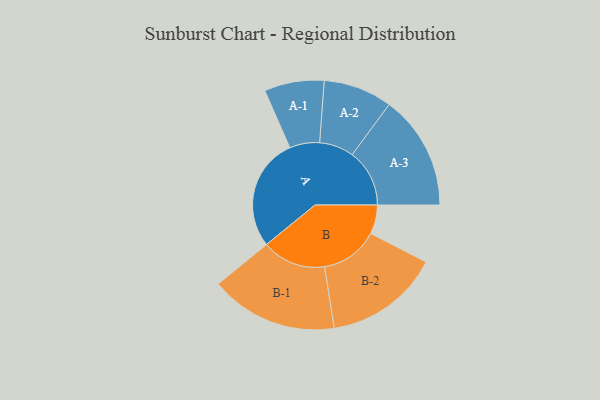
{"axis": {"x": "Segment", "y": "Value"}, "legend": ["", "A", "B"], "data": [{"x": "A", "y": 498, "type": ""}, {"x": "B", "y": 128, "type": ""}, {"x": "A-1", "y": 132, "type": "A"}, {"x": "A-2", "y": 152, "type": "A"}, {"x": "A-3", "y": 253, "type": "A"}, {"x": "B-1", "y": 282, "type": "B"}, {"x": "B-2", "y": 255, "type": "B"}]}